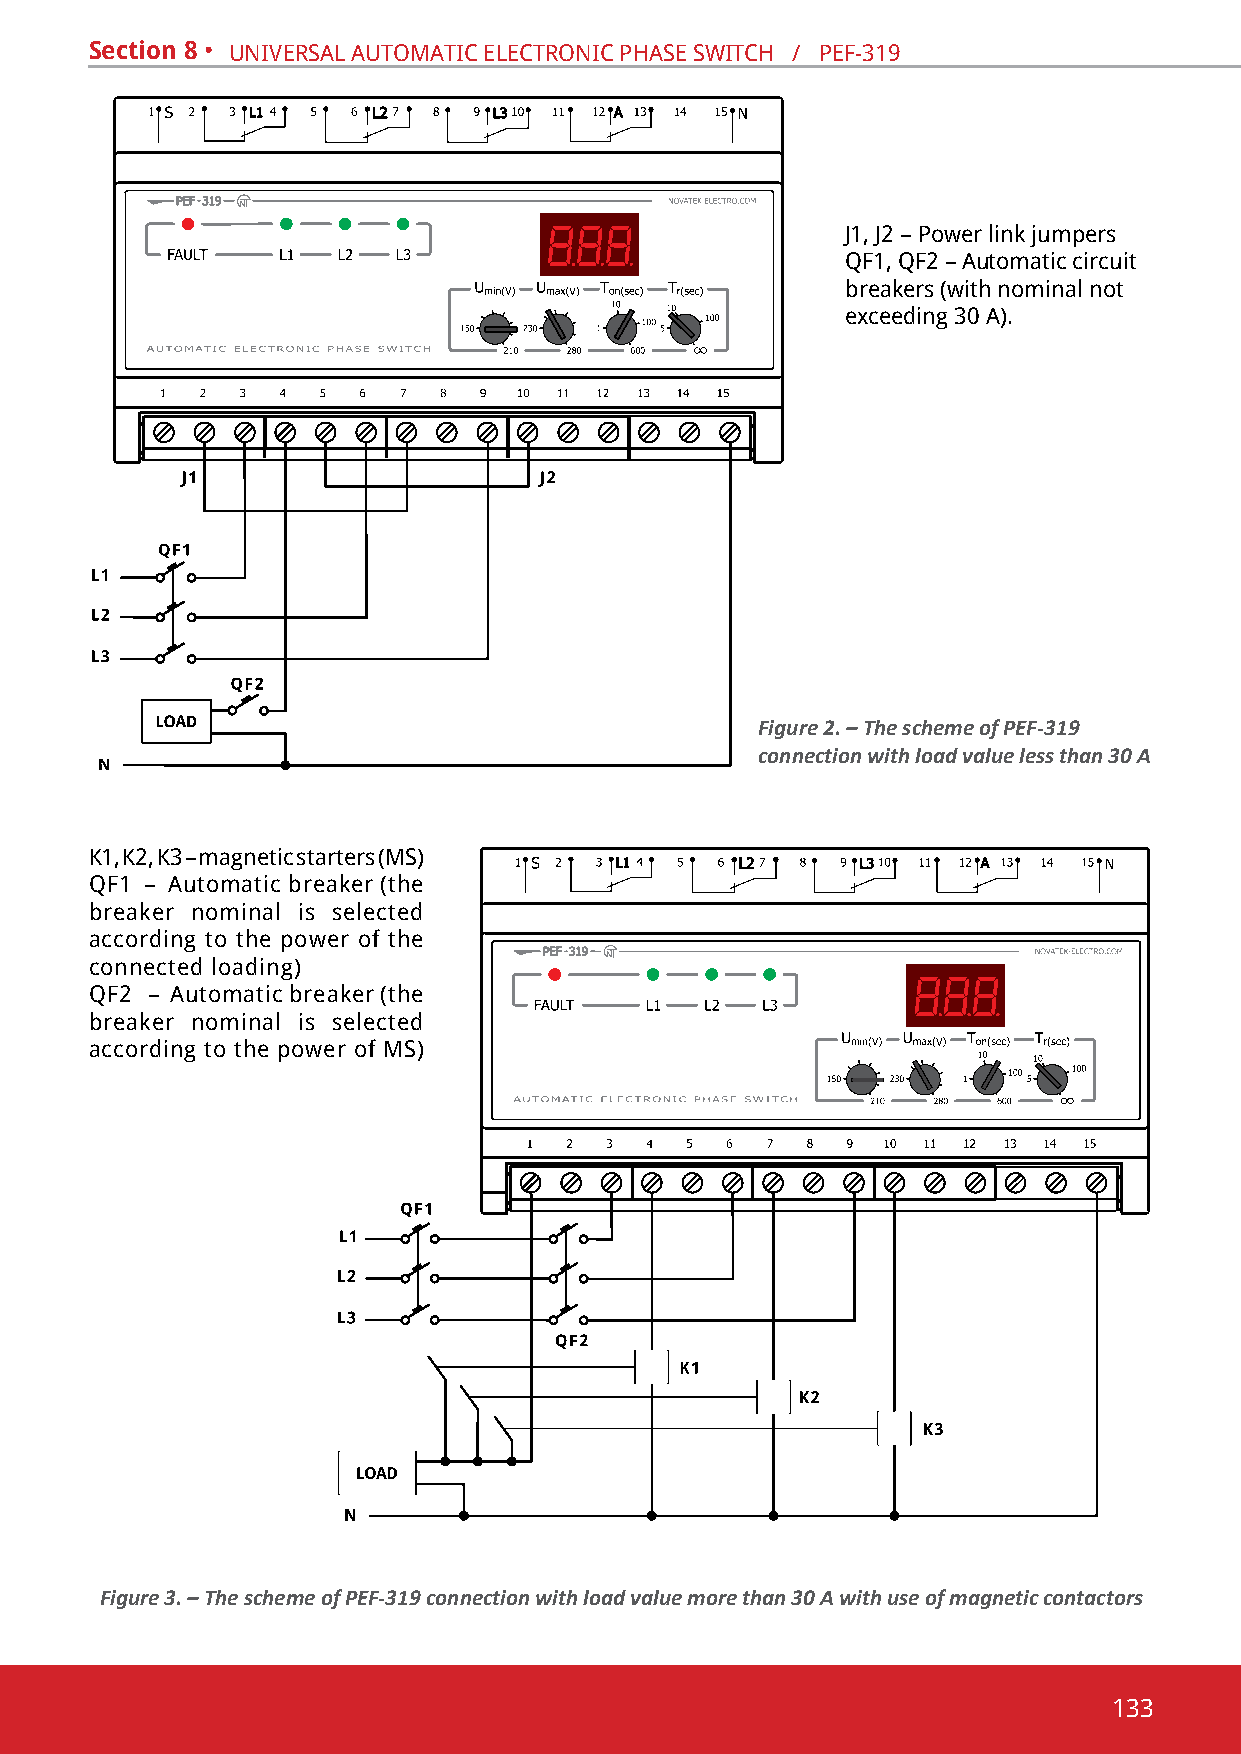
Section 8 • univeRsal automatic electRonic phase sWitch / pef-319
 J1, J2 – power link jumpers
 Qf1, Qf2 – automatic circuit
 breakers (with nominal not
 exceeding 30 A).
 Figure 2. – The scheme of PEF-319
 connection with load value less than 30 A
 К1, К2, К3 – magnetic starters (MS)
 Qf1 – automatic breaker (the
 breaker nominal is selected
 according to the power of the
 connected loading)
 Qf2 – automatic breaker (the
 breaker nominal is selected
 according to the power of ms)
 Figure 3. – The scheme of PEF-319 connection with load value more than 30 A with use of magnetic contactors
 133